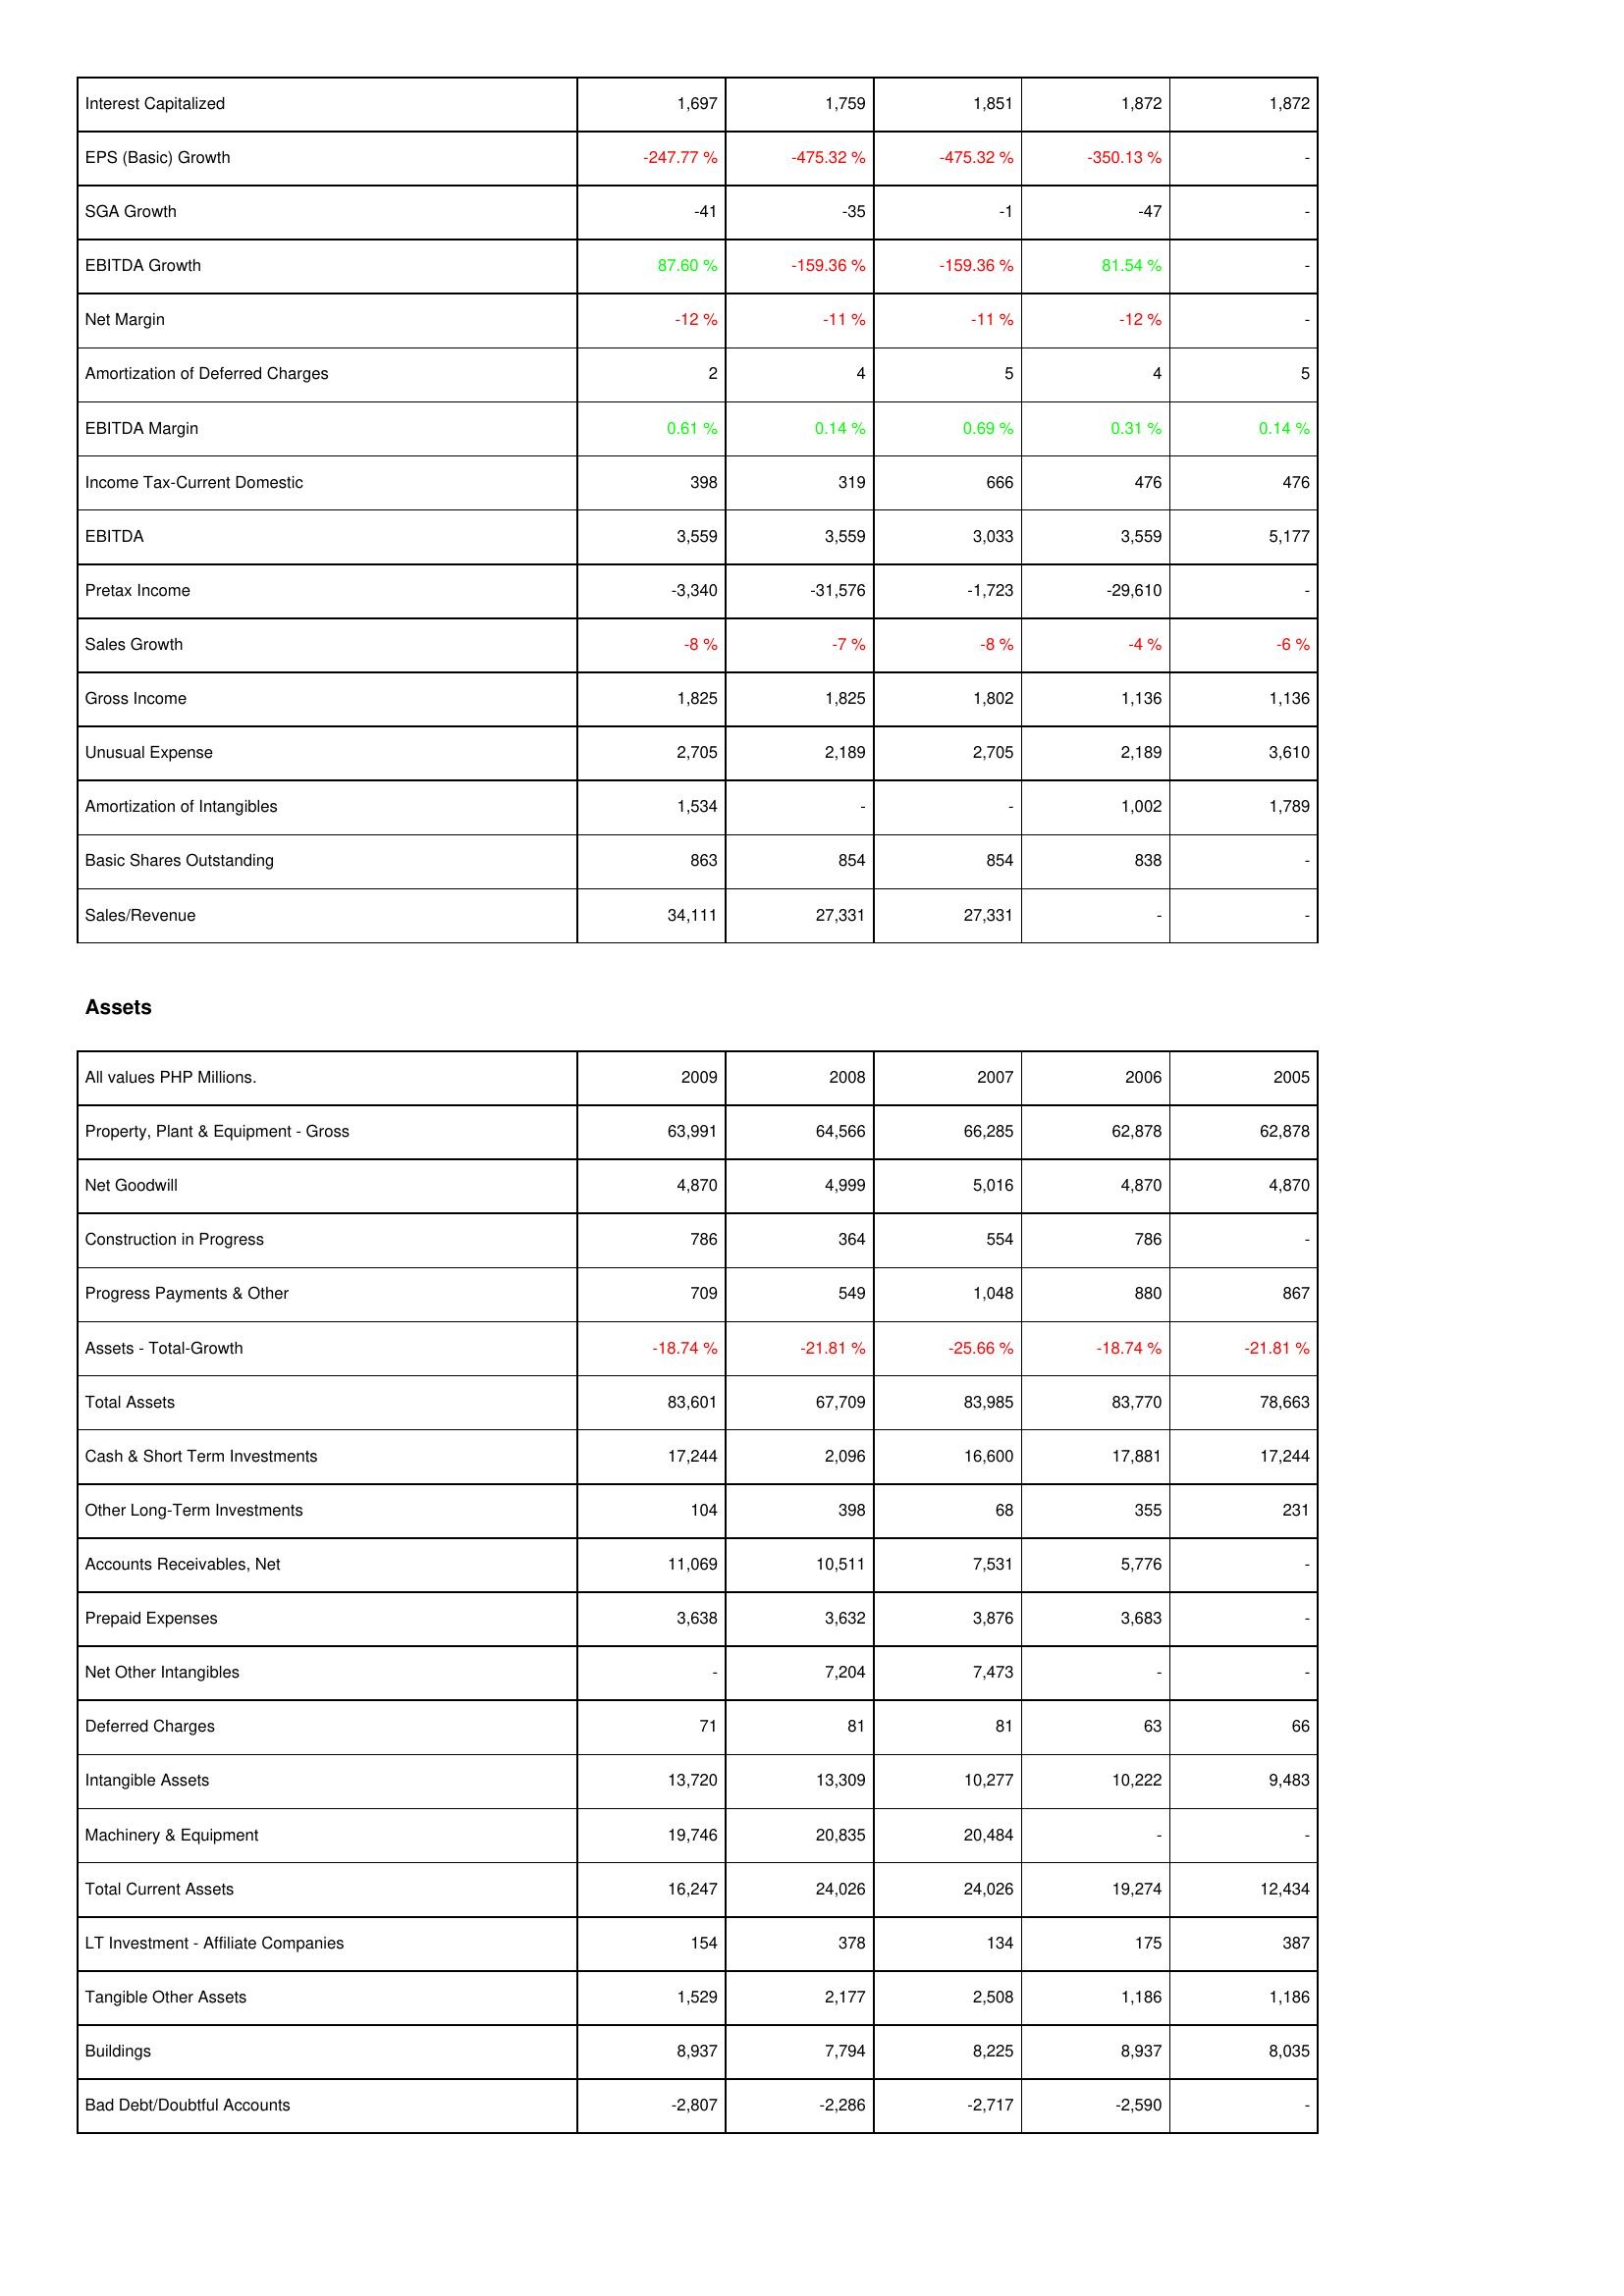
2009: Income Statement: Interest Capitalized: 1,697
EPS (Basic) Growth: -247.77 %
SGA Growth: -41
EBITDA Growth: 87.60 %
Net Margin: -12 %
Amortization of Deferred Charges: 2
EBITDA Margin: 0.61 %
Income Tax-Current Domestic: 398
EBITDA: 3,559
Pretax Income: -3,340
Sales Growth: -8 %
Gross Income: 1,825
Unusual Expense: 2,705
Amortization of Intangibles: 1,534
Basic Shares Outstanding: 863
Sales/Revenue: 34,111
Assets: Property, Plant & Equipment - Gross: 63,991
Net Goodwill: 4,870
Construction in Progress: 786
Progress Payments & Other: 709
Assets - Total-Growth: -18.74 %
Total Assets: 83,601
Cash & Short Term Investments: 17,244
Other Long-Term Investments: 104
Accounts Receivables, Net: 11,069
Prepaid Expenses: 3,638
Net Other Intangibles: -
Deferred Charges: 71
Intangible Assets: 13,720
Machinery & Equipment: 19,746
Total Current Assets: 16,247
LT Investment - Affiliate Companies: 154
Tangible Other Assets: 1,529
Buildings: 8,937
Bad Debt/Doubtful Accounts: -2,807
2008: Income Statement: Interest Capitalized: 1,759
EPS (Basic) Growth: -475.32 %
SGA Growth: -35
EBITDA Growth: -159.36 %
Net Margin: -11 %
Amortization of Deferred Charges: 4
EBITDA Margin: 0.14 %
Income Tax-Current Domestic: 319
EBITDA: 3,559
Pretax Income: -31,576
Sales Growth: -7 %
Gross Income: 1,825
Unusual Expense: 2,189
Amortization of Intangibles: -
Basic Shares Outstanding: 854
Sales/Revenue: 27,331
Assets: Property, Plant & Equipment - Gross: 64,566
Net Goodwill: 4,999
Construction in Progress: 364
Progress Payments & Other: 549
Assets - Total-Growth: -21.81 %
Total Assets: 67,709
Cash & Short Term Investments: 2,096
Other Long-Term Investments: 398
Accounts Receivables, Net: 10,511
Prepaid Expenses: 3,632
Net Other Intangibles: 7,204
Deferred Charges: 81
Intangible Assets: 13,309
Machinery & Equipment: 20,835
Total Current Assets: 24,026
LT Investment - Affiliate Companies: 378
Tangible Other Assets: 2,177
Buildings: 7,794
Bad Debt/Doubtful Accounts: -2,286
2007: Income Statement: Interest Capitalized: 1,851
EPS (Basic) Growth: -475.32 %
SGA Growth: -1
EBITDA Growth: -159.36 %
Net Margin: -11 %
Amortization of Deferred Charges: 5
EBITDA Margin: 0.69 %
Income Tax-Current Domestic: 666
EBITDA: 3,033
Pretax Income: -1,723
Sales Growth: -8 %
Gross Income: 1,802
Unusual Expense: 2,705
Amortization of Intangibles: -
Basic Shares Outstanding: 854
Sales/Revenue: 27,331
Assets: Property, Plant & Equipment - Gross: 66,285
Net Goodwill: 5,016
Construction in Progress: 554
Progress Payments & Other: 1,048
Assets - Total-Growth: -25.66 %
Total Assets: 83,985
Cash & Short Term Investments: 16,600
Other Long-Term Investments: 68
Accounts Receivables, Net: 7,531
Prepaid Expenses: 3,876
Net Other Intangibles: 7,473
Deferred Charges: 81
Intangible Assets: 10,277
Machinery & Equipment: 20,484
Total Current Assets: 24,026
LT Investment - Affiliate Companies: 134
Tangible Other Assets: 2,508
Buildings: 8,225
Bad Debt/Doubtful Accounts: -2,717
2006: Income Statement: Interest Capitalized: 1,872
EPS (Basic) Growth: -350.13 %
SGA Growth: -47
EBITDA Growth: 81.54 %
Net Margin: -12 %
Amortization of Deferred Charges: 4
EBITDA Margin: 0.31 %
Income Tax-Current Domestic: 476
EBITDA: 3,559
Pretax Income: -29,610
Sales Growth: -4 %
Gross Income: 1,136
Unusual Expense: 2,189
Amortization of Intangibles: 1,002
Basic Shares Outstanding: 838
Sales/Revenue: -
Assets: Property, Plant & Equipment - Gross: 62,878
Net Goodwill: 4,870
Construction in Progress: 786
Progress Payments & Other: 880
Assets - Total-Growth: -18.74 %
Total Assets: 83,770
Cash & Short Term Investments: 17,881
Other Long-Term Investments: 355
Accounts Receivables, Net: 5,776
Prepaid Expenses: 3,683
Net Other Intangibles: -
Deferred Charges: 63
Intangible Assets: 10,222
Machinery & Equipment: -
Total Current Assets: 19,274
LT Investment - Affiliate Companies: 175
Tangible Other Assets: 1,186
Buildings: 8,937
Bad Debt/Doubtful Accounts: -2,590
2005: Income Statement: Interest Capitalized: 1,872
EPS (Basic) Growth: -
SGA Growth: -
EBITDA Growth: -
Net Margin: -
Amortization of Deferred Charges: 5
EBITDA Margin: 0.14 %
Income Tax-Current Domestic: 476
EBITDA: 5,177
Pretax Income: -
Sales Growth: -6 %
Gross Income: 1,136
Unusual Expense: 3,610
Amortization of Intangibles: 1,789
Basic Shares Outstanding: -
Sales/Revenue: -
Assets: Property, Plant & Equipment - Gross: 62,878
Net Goodwill: 4,870
Construction in Progress: -
Progress Payments & Other: 867
Assets - Total-Growth: -21.81 %
Total Assets: 78,663
Cash & Short Term Investments: 17,244
Other Long-Term Investments: 231
Accounts Receivables, Net: -
Prepaid Expenses: -
Net Other Intangibles: -
Deferred Charges: 66
Intangible Assets: 9,483
Machinery & Equipment: -
Total Current Assets: 12,434
LT Investment - Affiliate Companies: 387
Tangible Other Assets: 1,186
Buildings: 8,035
Bad Debt/Doubtful Accounts: -